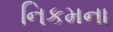
નિકમના